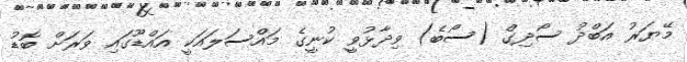
މޭޔަރު އަބްދު ސޯދިގް (ސޯބެ) ވިދާޅުވީ ކުނީގެ މައްސަލައަކީ އައްޑޫގައި ވަރަށް ބޮޑު